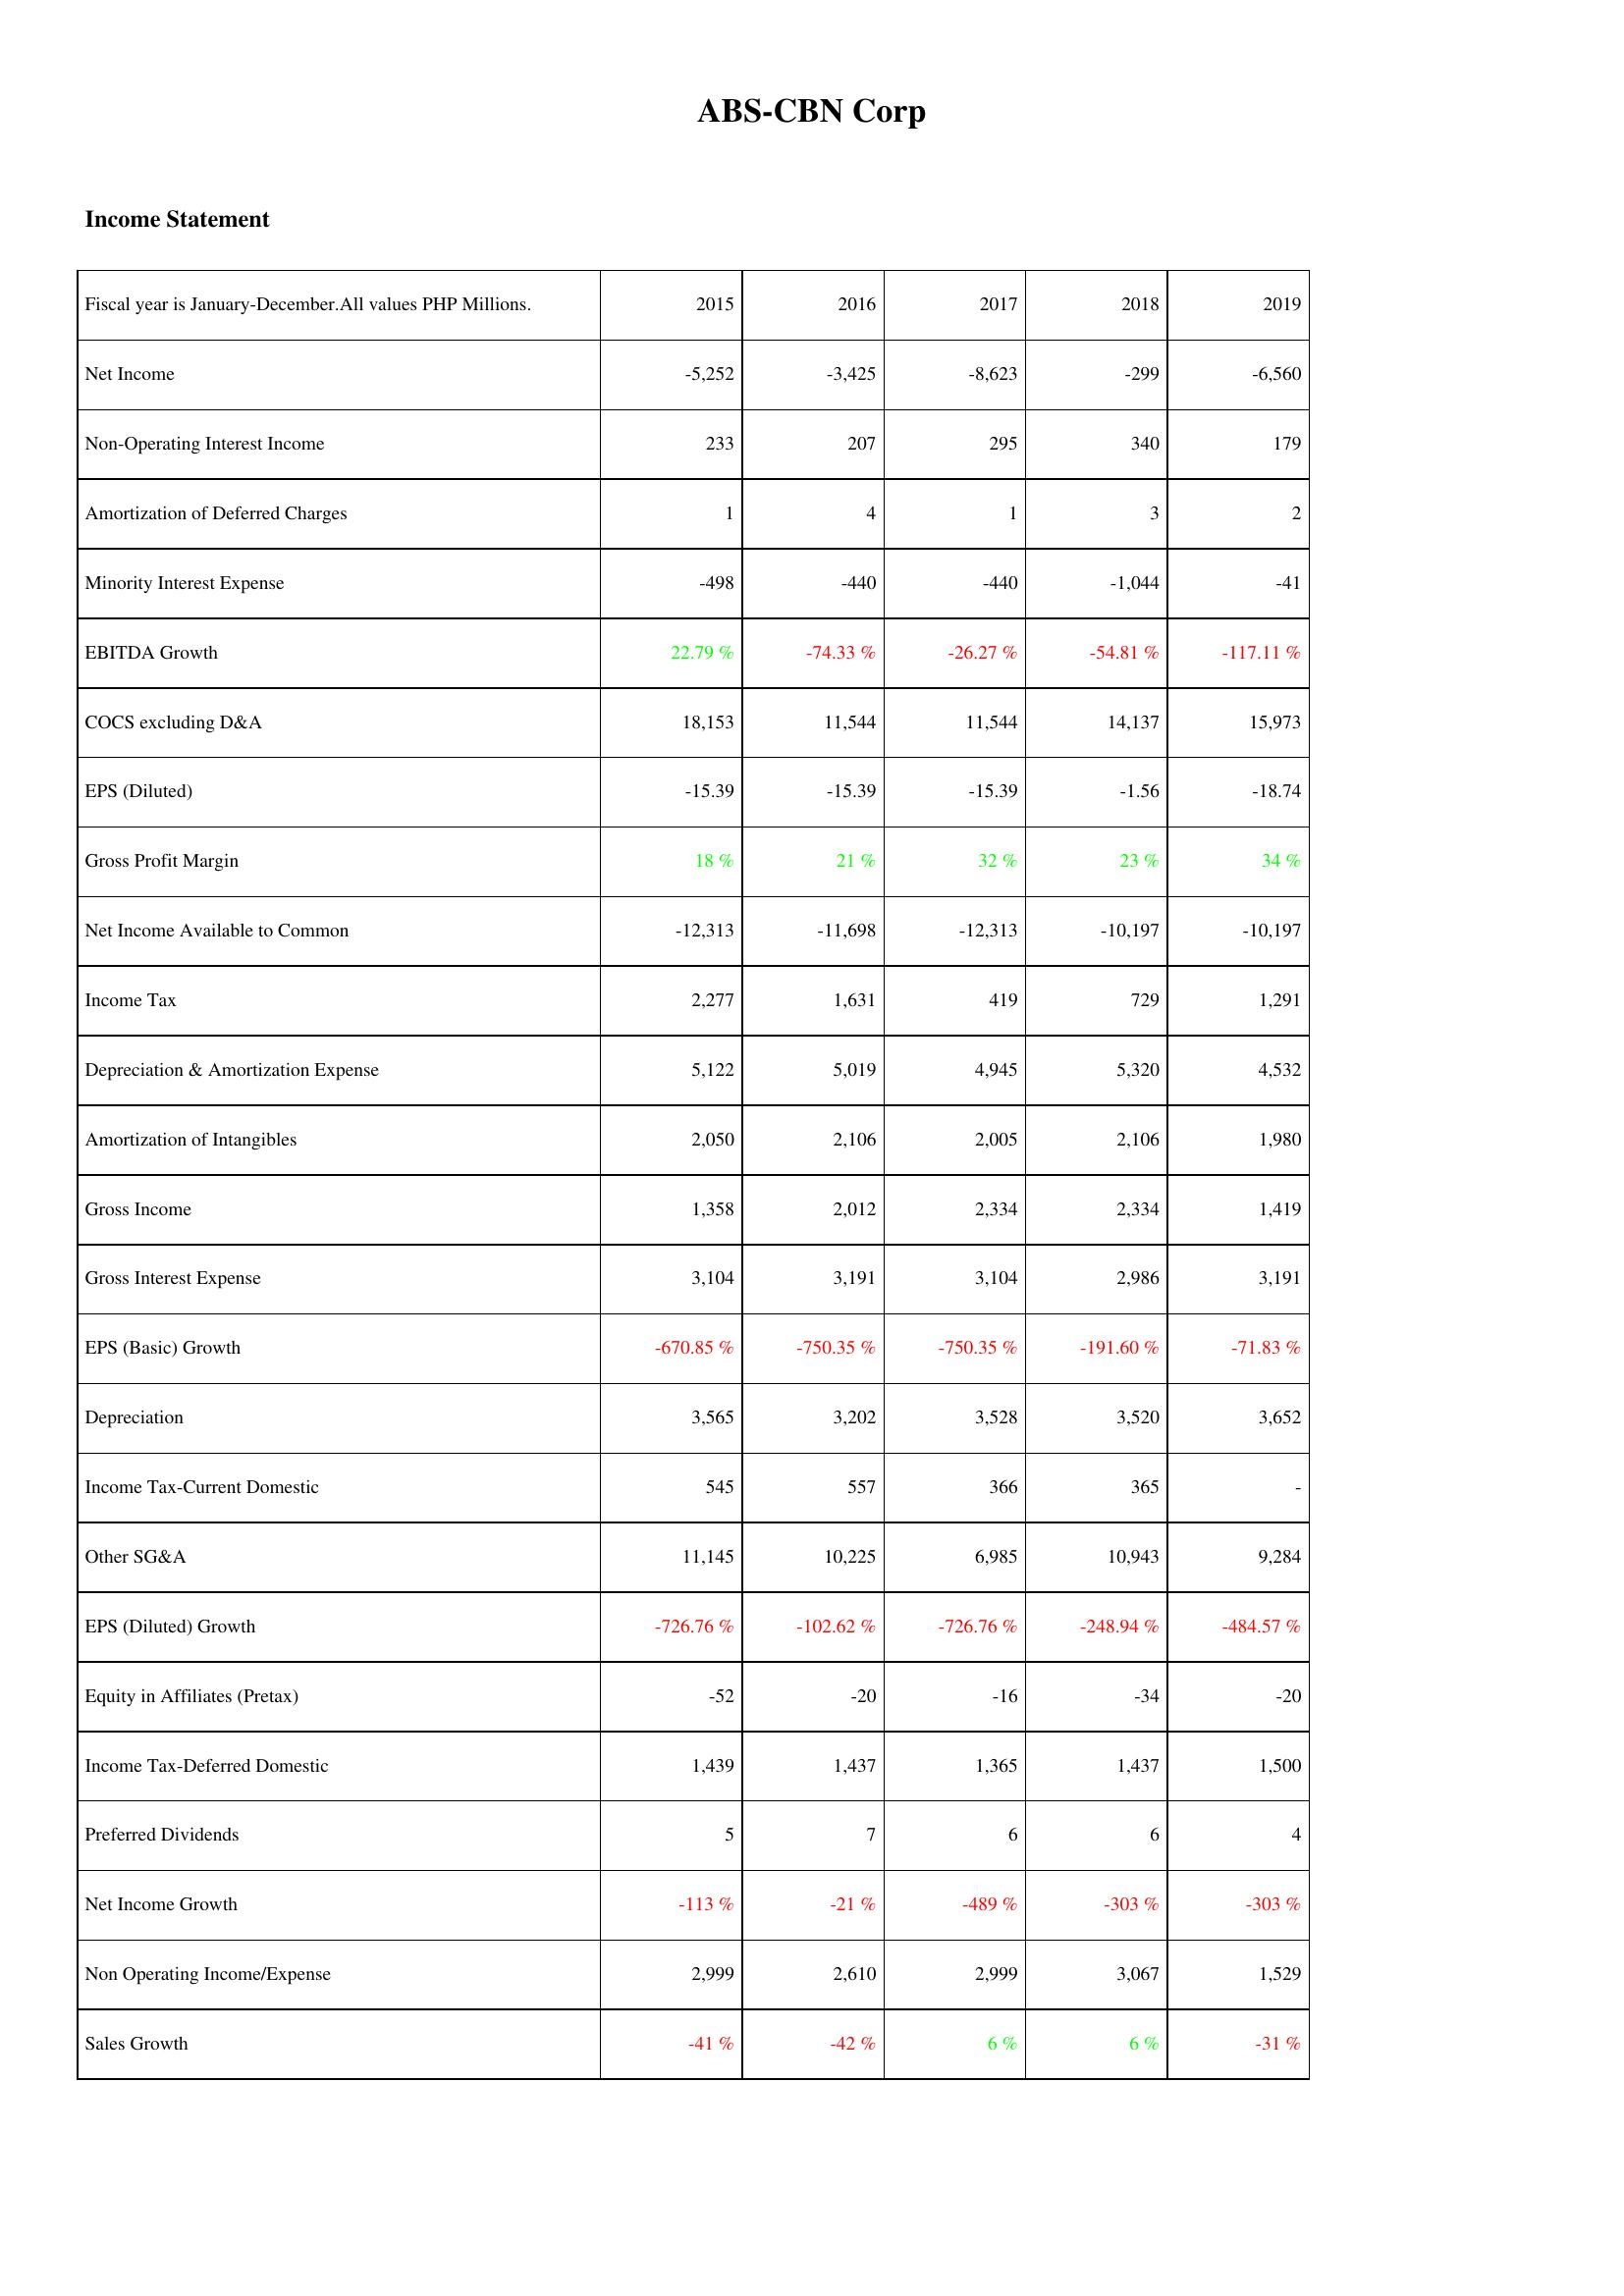
2015: Income Statement: Net Income: -5,252
Non-Operating Interest Income: 233
Amortization of Deferred Charges: 1
Minority Interest Expense: -498
EBITDA Growth: 22.79 %
COCS excluding D&A: 18,153
EPS (Diluted): -15.39
Gross Profit Margin: 18 %
Net Income Available to Common: -12,313
Income Tax: 2,277
Depreciation & Amortization Expense: 5,122
Amortization of Intangibles: 2,050
Gross Income: 1,358
Gross Interest Expense: 3,104
EPS (Basic) Growth: -670.85 %
Depreciation: 3,565
Income Tax-Current Domestic: 545
Other SG&A: 11,145
EPS (Diluted) Growth: -726.76 %
Equity in Affiliates (Pretax): -52
Income Tax-Deferred Domestic: 1,439
Preferred Dividends: 5
Net Income Growth: -113 %
Non Operating Income/Expense: 2,999
Sales Growth: -41 %
2016: Income Statement: Net Income: -3,425
Non-Operating Interest Income: 207
Amortization of Deferred Charges: 4
Minority Interest Expense: -440
EBITDA Growth: -74.33 %
COCS excluding D&A: 11,544
EPS (Diluted): -15.39
Gross Profit Margin: 21 %
Net Income Available to Common: -11,698
Income Tax: 1,631
Depreciation & Amortization Expense: 5,019
Amortization of Intangibles: 2,106
Gross Income: 2,012
Gross Interest Expense: 3,191
EPS (Basic) Growth: -750.35 %
Depreciation: 3,202
Income Tax-Current Domestic: 557
Other SG&A: 10,225
EPS (Diluted) Growth: -102.62 %
Equity in Affiliates (Pretax): -20
Income Tax-Deferred Domestic: 1,437
Preferred Dividends: 7
Net Income Growth: -21 %
Non Operating Income/Expense: 2,610
Sales Growth: -42 %
2017: Income Statement: Net Income: -8,623
Non-Operating Interest Income: 295
Amortization of Deferred Charges: 1
Minority Interest Expense: -440
EBITDA Growth: -26.27 %
COCS excluding D&A: 11,544
EPS (Diluted): -15.39
Gross Profit Margin: 32 %
Net Income Available to Common: -12,313
Income Tax: 419
Depreciation & Amortization Expense: 4,945
Amortization of Intangibles: 2,005
Gross Income: 2,334
Gross Interest Expense: 3,104
EPS (Basic) Growth: -750.35 %
Depreciation: 3,528
Income Tax-Current Domestic: 366
Other SG&A: 6,985
EPS (Diluted) Growth: -726.76 %
Equity in Affiliates (Pretax): -16
Income Tax-Deferred Domestic: 1,365
Preferred Dividends: 6
Net Income Growth: -489 %
Non Operating Income/Expense: 2,999
Sales Growth: 6 %
2018: Income Statement: Net Income: -299
Non-Operating Interest Income: 340
Amortization of Deferred Charges: 3
Minority Interest Expense: -1,044
EBITDA Growth: -54.81 %
COCS excluding D&A: 14,137
EPS (Diluted): -1.56
Gross Profit Margin: 23 %
Net Income Available to Common: -10,197
Income Tax: 729
Depreciation & Amortization Expense: 5,320
Amortization of Intangibles: 2,106
Gross Income: 2,334
Gross Interest Expense: 2,986
EPS (Basic) Growth: -191.60 %
Depreciation: 3,520
Income Tax-Current Domestic: 365
Other SG&A: 10,943
EPS (Diluted) Growth: -248.94 %
Equity in Affiliates (Pretax): -34
Income Tax-Deferred Domestic: 1,437
Preferred Dividends: 6
Net Income Growth: -303 %
Non Operating Income/Expense: 3,067
Sales Growth: 6 %
2019: Income Statement: Net Income: -6,560
Non-Operating Interest Income: 179
Amortization of Deferred Charges: 2
Minority Interest Expense: -41
EBITDA Growth: -117.11 %
COCS excluding D&A: 15,973
EPS (Diluted): -18.74
Gross Profit Margin: 34 %
Net Income Available to Common: -10,197
Income Tax: 1,291
Depreciation & Amortization Expense: 4,532
Amortization of Intangibles: 1,980
Gross Income: 1,419
Gross Interest Expense: 3,191
EPS (Basic) Growth: -71.83 %
Depreciation: 3,652
Income Tax-Current Domestic: -
Other SG&A: 9,284
EPS (Diluted) Growth: -484.57 %
Equity in Affiliates (Pretax): -20
Income Tax-Deferred Domestic: 1,500
Preferred Dividends: 4
Net Income Growth: -303 %
Non Operating Income/Expense: 1,529
Sales Growth: -31 %